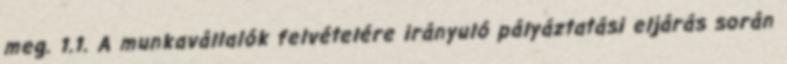
meg. 1.1. A munkavállalók felvételére irányuló pályáztatási eljárás során